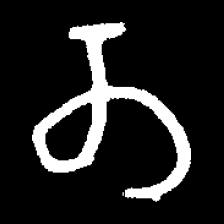
Pyu character \u2014 Myanmar letter: တ (romanized: ta)